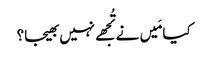
کیا مَیں نے تُجھے نہیں بھیجا؟